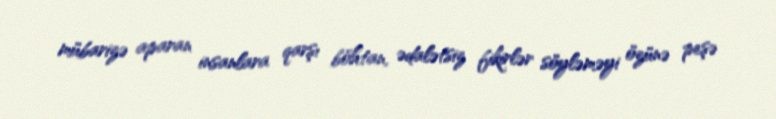
mübarizə aparan insanlara qarşı böhtan, ədalətsiz fikirlər söyləməyi özünə peşə